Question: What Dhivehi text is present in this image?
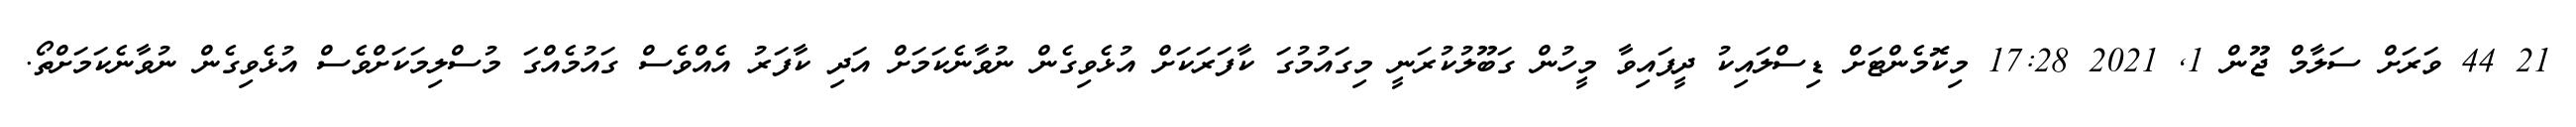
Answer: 21 44 ވަރަށް ސަލާމް ޖޫން 1, 2021 17:28 މިކޮމެންޓަށް ޑިސްލައިކު ދީފައިވާ މީހުން ގަބޫލުކުރަނީ މިގައުމުގަ ކާފަރަކަށް އުޅެވިގެން ނުވާނެކަމަށް އަދި ކާފަރު އެއްވެސް ގައުމެއްގަ މުސްލިމަކަށްވެސް އުޅެވިގެން ނުވާނެކަމަށްތޯ.